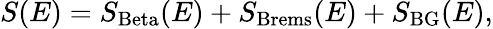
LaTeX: S(E)=S_{\mathrm{Beta}}(E)+S_{\mathrm{Brems}}(E)+S_{\mathrm{BG}}(E),